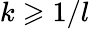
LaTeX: k\geqslant 1/l